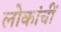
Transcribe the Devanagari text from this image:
लोकांचीं